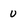
Character: u